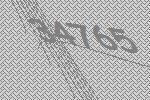
34765